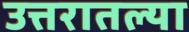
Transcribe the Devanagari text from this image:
उत्तरातल्या